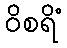
ဝိစရိံ